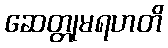
ဆေတ္တုမရဟတိ